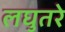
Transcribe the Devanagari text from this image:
लघुतरे